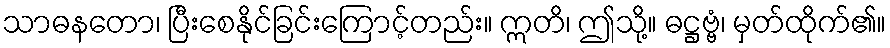
သာဓနတော၊ ပြီးစေနိုင်ခြင်းကြောင့်တည်း။ ဣတိ၊ ဤသို့။ ဓဋ္ဌဗ္ဗံ၊ မှတ်ထိုက်၏။